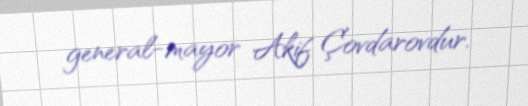
general-mayor Akif Çovdarovdur.